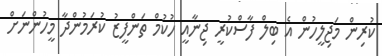
ކުރިން މަޖިލީހުން އެ ބިލް ފާސްކުރީ ޖިނާއީ ހުކުމް ތަންފީޒު ކުރަމުންދާ މީހުންނަށް